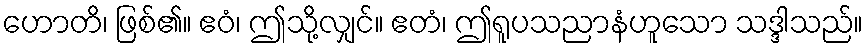
ဟောတိ၊ ဖြစ်၏။ ဧဝံ၊ ဤသို့လျှင်။ ဧတံ၊ ဤရူပသညာနံဟူသော သဒ္ဒါသည်။